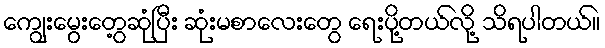
ကျွေးမွေးတွေ့ဆုံပြီး ဆုံးမစာလေးတွေ ရေးပို့တယ်လို့ သိရပါတယ်။